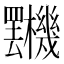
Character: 𣡯